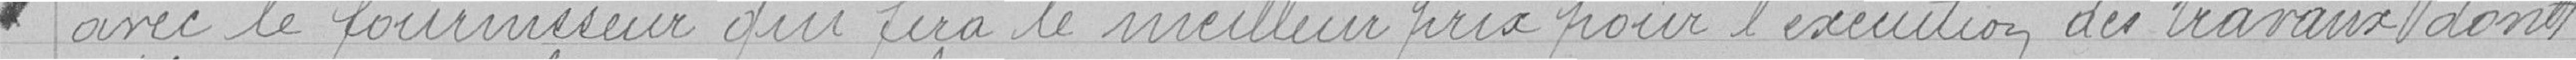
avec le fournisseur qui fera le meilleur prix pour l’exécution des travaux dont